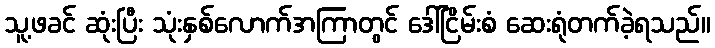
သူ့ဖခင် ဆုံးပြီး သုံးနှစ်လောက်အကြာတွင် ဒေါ်ငြိမ်းစံ ဆေးရုံတက်ခဲ့ရသည်။